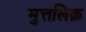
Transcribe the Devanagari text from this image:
मुत्तलिक़